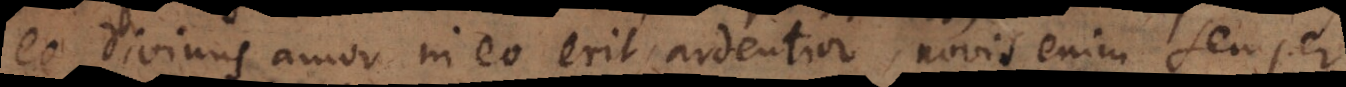
eo divinus amor in eo erit ardentior, novis enim semper